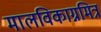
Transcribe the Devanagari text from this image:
मालविकाग्नमित्र